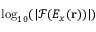
\log _ { 1 0 } ( | \mathcal { F } ( E _ { x } ( \mathbf { r } ) ) | )